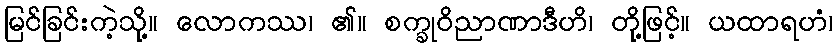
မြင်ခြင်းကဲ့သို့။ လောကဿ၊ ၏။ စက္ခုဝိညာဏာဒီဟိ၊ တို့ဖြင့်။ ယထာရဟံ၊